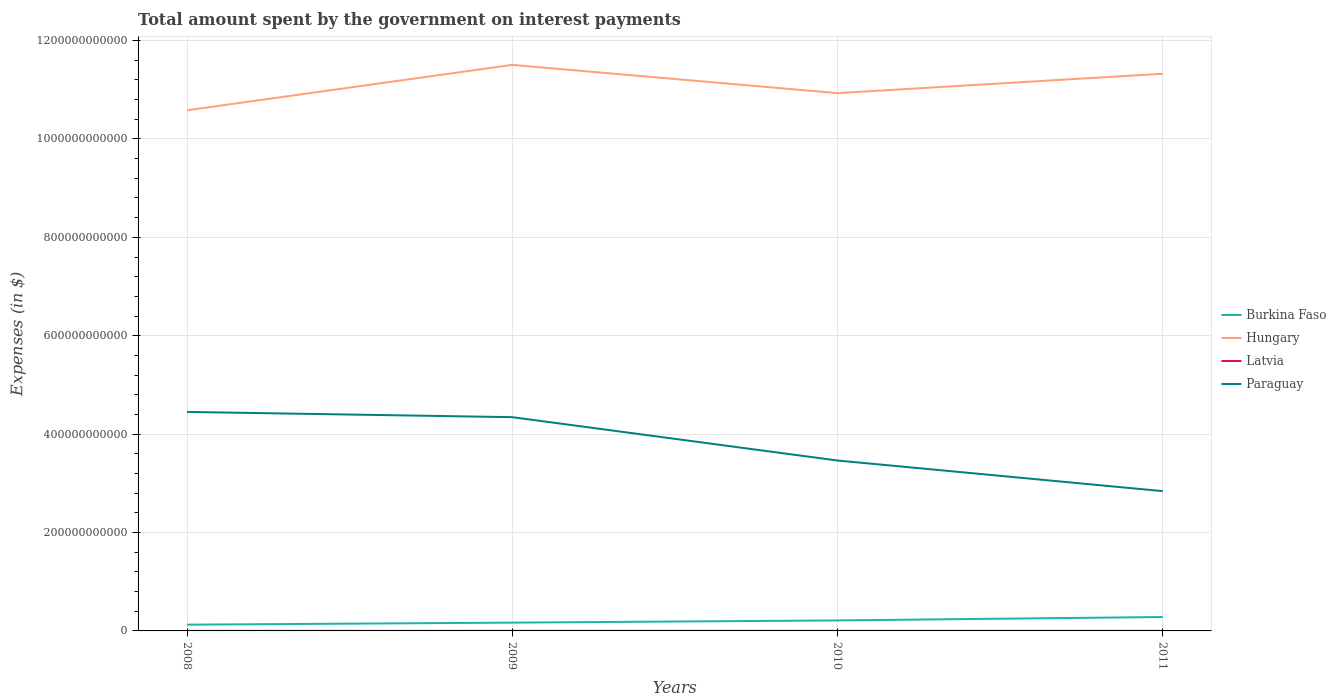
| Years | Burkina Faso | Hungary | Latvia | Paraguay |
 | --- | --- | --- | --- | --- |
 | 2008 | 1.27e+10 | 1.06e+12 | 5.9e+07 | 4.45e+11 |
 | 2009 | 1.69e+10 | 1.15e+12 | 1.44e+08 | 4.35e+11 |
 | 2010 | 2.14e+10 | 1.09e+12 | 1.7e+08 | 3.46e+11 |
 | 2011 | 2.83e+10 | 1.13e+12 | 1.91e+08 | 2.84e+11 |